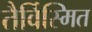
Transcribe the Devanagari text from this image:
तैर्विस्मित